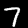
Digit: 7